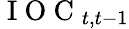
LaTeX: \mathrm{~I~O~C~}_{t,t-1}